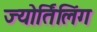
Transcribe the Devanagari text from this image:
ज्योर्तिलिंग